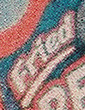
Fried